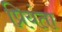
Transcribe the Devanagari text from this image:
प्रियंता